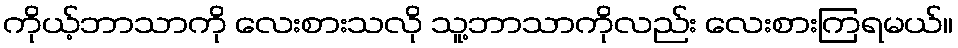
ကိုယ့်ဘာသာကို လေးစားသလို သူ့ဘာသာကိုလည်း လေးစားကြရမယ်။